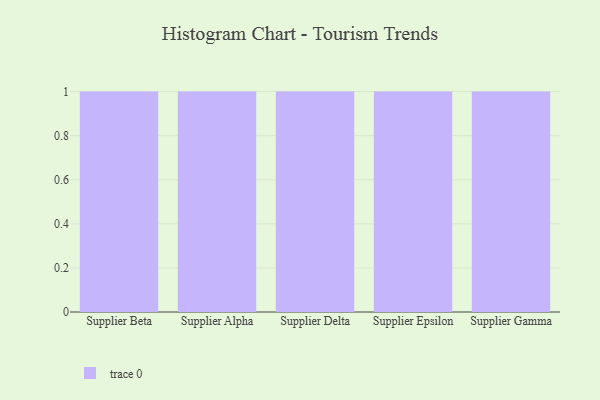
{"axis": {"x": "Supplier", "y": "Website Visitors"}, "legend": [""], "data": [{"x": "Supplier Beta", "y": 65, "type": ""}, {"x": "Supplier Alpha", "y": 14, "type": ""}, {"x": "Supplier Delta", "y": 30, "type": ""}, {"x": "Supplier Epsilon", "y": 32, "type": ""}, {"x": "Supplier Gamma", "y": 51, "type": ""}]}